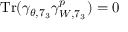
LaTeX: \mathrm { T r } ( \gamma _ { \theta , 7 _ { 3 } } \gamma _ { W , 7 _ { 3 } } ^ { p } ) = 0